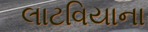
લાટવિયાના